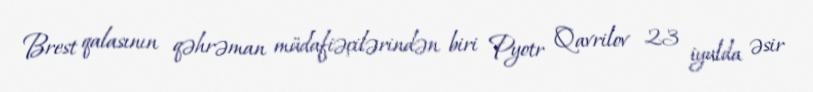
Brest qalasının qəhrəman müdafiəçilərindən biri Pyotr Qavrilov 23 iyulda əsir